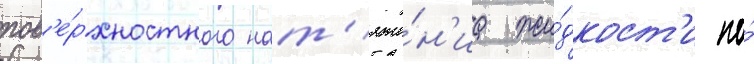
пов'е́рхностного нат'яже́н'иа жи́дкост'и по́